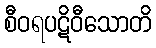
စီဝရပဋိဝီသောတိ